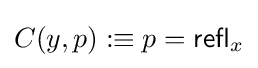
C(y,p):\equiv p={\mathsf {refl}}_{x}